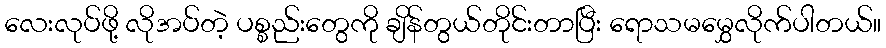
လေးလုပ်ဖို့ လိုအပ်တဲ့ ပစ္စည်းတွေကို ချိန်တွယ်တိုင်းတာပြီး ရောသမမွှေလိုက်ပါတယ်။